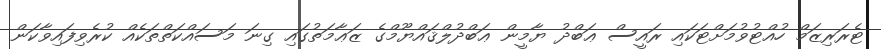
ޓެރަރިޒަމް ހުއްޓުވުމަށްޓަކައި ރައީސް ޢަބްދު ޔާމީން ޢަބްދުލްޤައްޔޫމްގެ ޒަޢާމަތުގައި ގިނަ މަސައްކަތްތަކެއް ކުރެވިފައިވާކަން